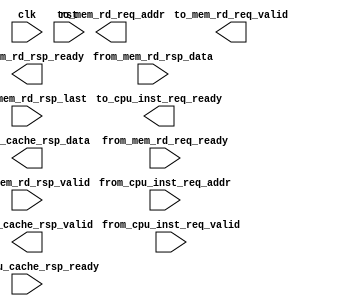
`timescale 10ns / 1ns

`define CACHE_SET	8
`define CACHE_WAY	4
`define TAG_LEN		24
`define LINE_LEN	256

module icache_top (
	input	      clk,
	input	      rst,
	
	//CPU interface
	/** CPU instruction fetch request to Cache: valid signal */
	input         from_cpu_inst_req_valid,
	/** CPU instruction fetch request to Cache: address (4 byte alignment) */
	input  [31:0] from_cpu_inst_req_addr,
	/** Acknowledgement from Cache: ready to receive CPU instruction fetch request */
	output        to_cpu_inst_req_ready,
	
	/** Cache responses to CPU: valid signal */
	output        to_cpu_cache_rsp_valid,
	/** Cache responses to CPU: 32-bit Instruction value */
	output [31:0] to_cpu_cache_rsp_data,
	/** Acknowledgement from CPU: Ready to receive Instruction */
	input	      from_cpu_cache_rsp_ready,

	//Memory interface (32 byte aligned address)
	/** Cache sending memory read request: valid signal */
	output        to_mem_rd_req_valid,
	/** Cache sending memory read request: address (32 byte alignment) */
	output [31:0] to_mem_rd_req_addr,
	/** Acknowledgement from memory: ready to receive memory read request */
	input         from_mem_rd_req_ready,

	/** Memory return read data: valid signal of one data beat */
	input         from_mem_rd_rsp_valid,
	/** Memory return read data: 32-bit one data beat */
	input  [31:0] from_mem_rd_rsp_data,
	/** Memory return read data: if current data beat is the last in this burst data transmission */
	input         from_mem_rd_rsp_last,
	/** Acknowledgement from cache: ready to receive current data beat */
	output        to_mem_rd_rsp_ready
);

//TODO: Please add your I-Cache code here

endmodule